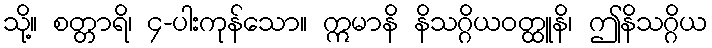
သို့။ စတ္တာရိ၊ ၄-ပါးကုန်သော။ ဣမာနိ နိသဂ္ဂိယဝတ္ထူနိ၊ ဤနိသဂ္ဂိယ